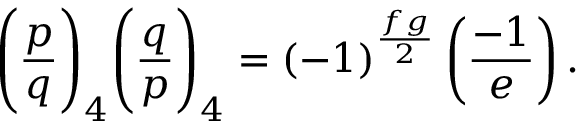
{ \Bigg ( } { \frac { p } { q } } { \Bigg ) } _ { 4 } { \Bigg ( } { \frac { q } { p } } { \Bigg ) } _ { 4 } = \left( - 1 \right) ^ { \frac { f g } { 2 } } \left( { \frac { - 1 } { e } } \right) .